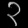
Digit: ၃